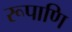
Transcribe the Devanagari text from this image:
रूपाणि